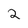
Character: 2